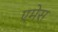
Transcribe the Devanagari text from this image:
एमेस